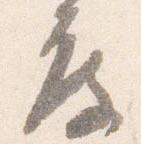
度